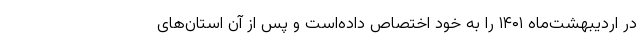
در اردیبهشت‌ماه ۱۴۰۱ را به خود اختصاص داده‌است و پس از آن استان‌های